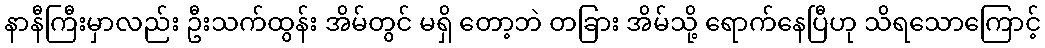
နာနီကြီးမှာလည်း ဦးသက်ထွန်း အိမ်တွင် မရှိ တော့ဘဲ တခြား အိမ်သို့ ရောက်နေပြီဟု သိရသောကြောင့်